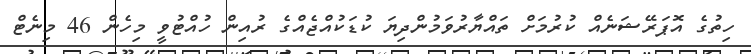
ހިތުގެ އޮޕަރޭޝަނެއް ކުރުމަށް ތައްޔާރުވަމުންދިޔަ ކުޑަކުއްޖެއްގެ ރުއިން ހުއްޓުވީ މިހެން 46 މިނެޓް